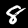
Label: 8